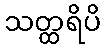
သတ္ထရိပိ